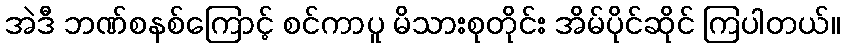
အဲဒီ ဘဏ်စနစ်ကြောင့် စင်ကာပူ မိသားစုတိုင်း အိမ်ပိုင်ဆိုင် ကြပါတယ်။